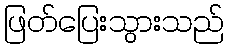
ဖြတ်ပြေးသွားသည်